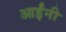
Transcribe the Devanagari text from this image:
आईंनी